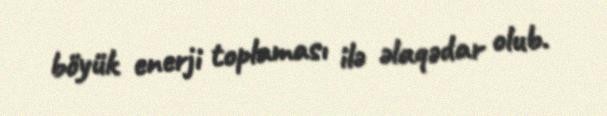
böyük enerji toplaması ilə əlaqədar olub.